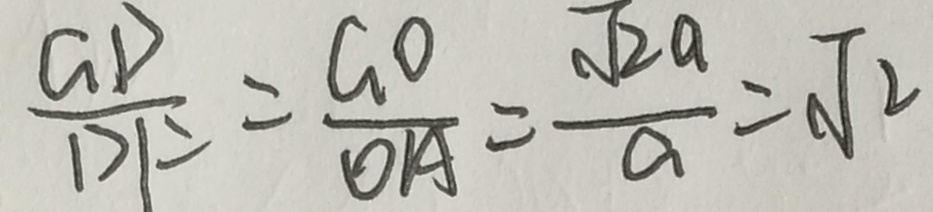
\frac { G D } { D F } = \frac { G O } { O A } = \frac { \sqrt { 2 a } } { a } = \sqrt { 2 }